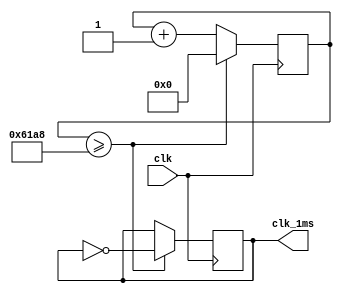
`timescale 1ns / 1ps
module timer_1ms(
        input wire clk,
        output reg clk_1ms
	);

	reg [15:0] cnt;

	initial begin
		cnt [15:0] <=0;
		clk_1ms <= 0;
	end

	always @(posedge clk)
    begin
		if (cnt >= 25000)
            begin
                cnt <= 0;
                clk_1ms <= ~clk_1ms;
            end
		else
            begin
                cnt <= cnt+1;
            end
    end

endmodule